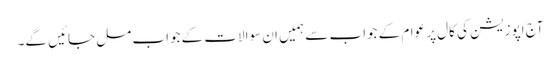
آج اپوزیشن کی کال پر عوام کے جواب سے ہمیں ان سوالات کے جواب مل جائیں گے۔